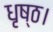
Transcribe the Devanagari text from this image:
धृष्ठ।